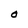
Character: O